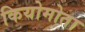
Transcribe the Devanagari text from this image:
कियोमोता